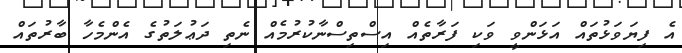
އެ ފިޔަވަޅުތައް އަޅަންވީ ވަކި ފަރާތެއް އިސްތިސްނާކުރުމެއް ނެތި ދަޢުލަތުގެ އެންމެހާ ބާރުތައް